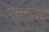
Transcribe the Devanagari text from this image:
नेतृत्वों